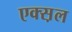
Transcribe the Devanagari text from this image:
एक्स़ल